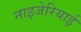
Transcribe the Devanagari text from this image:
नाइजेरियाई